Continuation classes and employment agencies, 1910
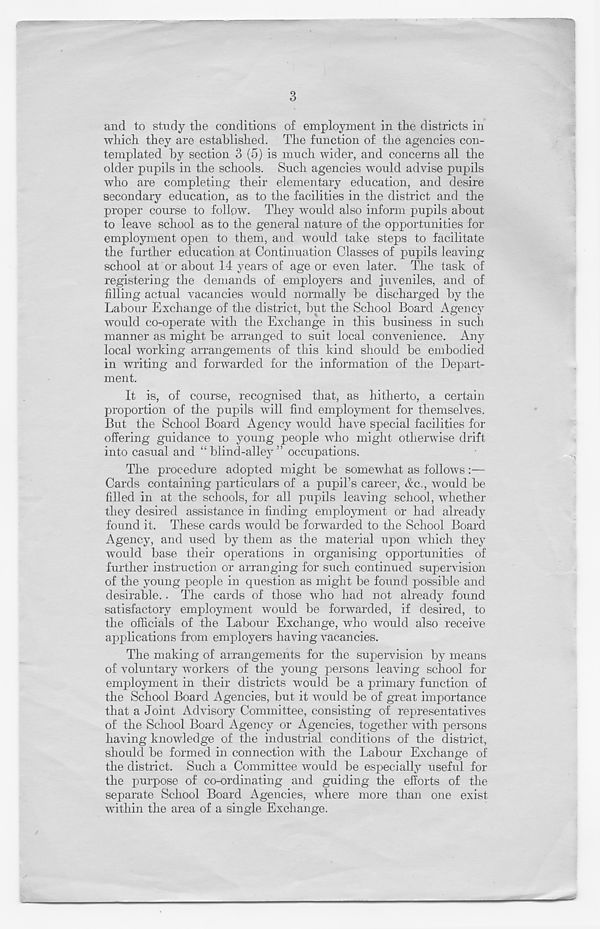
and to study the conditions of employment in the districts in
which they are established. The function of the agencies con-
templated by section 3 (5) is much wider, and concerns all the
older pupils in the schools. Such agencies would advise pupils
who are completing their elementary education, and desire
secondary education, as to the facilities in the district and the
proper course to follow. They would also inform pupils about
to leave school as to the general nature of the opportunities for
employment open to them, and would take steps to facilitate
the further education at Continuation Classes of pupils leaving
school at or about 14 years of age or even later. The task of
registering the demands of employers and juveniles, and of
filling actual vacancies would normally be discharged by the
Labour Exchange of the district, but the School Board Agency
would co-operate with the Exchange in this business in such
manner as might be arranged to suit local convenience. Any
local working arrangements of this kind should be embodied
in writing and forwarded for the information of the Depart-
ment.
It is, of course, recognised that, as hitherto, a certain
proportion of the pupils will find employment for themselves.
But the School Board Agency would have special facilities for
offering guidance to young people who might otherwise drift
into casual and “blind-alley” occupations.
The procedure adopted might be somewhat as follows:—
Cards containing particulars of a pupil’s career, Ac., would be
filled in at the schools, for all pupils leaving school, whether
they desired assistance in finding employment or had already
found it. These cards would be forwarded to the School Board
Agency, and used by them as the material upon which they
would base their operations in organising opportunities of
further instruction or arranging for such continued supervision
of the young people in question as might be found possible and
desirable.. The cards of those who had not already found
satisfactory employment would be forwarded, if desired, to
the officials of the Labour Exchange, who would also receive
applications from employers having vacancies.
The making of arrangements for the supervision by means
of voluntary workers of the young persons leaving school for
employment in their districts would be a primary function of
the School Board Agencies, but it would be of great importance
that a Joint Advisory Committee, consisting of representatives
of the School Board Agency or Agencies, together with persons
having knowledge of the industrial conditions of the district,
should be formed in connection with the Labour Exchange of
the district. Such a Committee would be especially useful for
the purpose of co-ordinating and guiding the efforts of the
separate School Board Agencies, where more than one exist
within the area of a single Exchange.